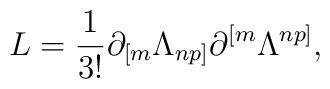
L={1\over{3!}}\partial_{[m}\Lambda_{np]}\partial^{[m}\Lambda^{np]},